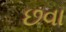
છવા